Indian journal of veterinary science and animal husbandry - Volume 12,
Year: 1942
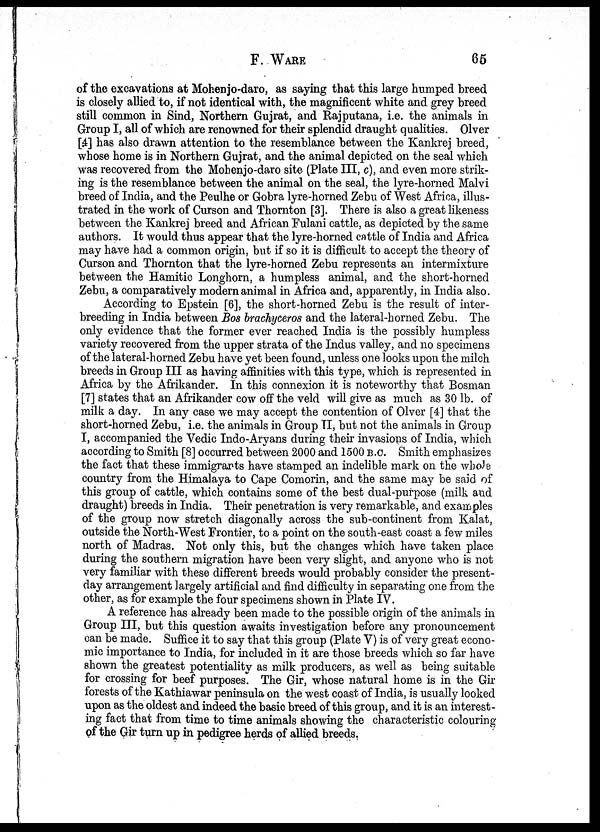
F. WARE 65
of the excavations at Mohenjo-daro, as saying that this large humped breed
is closely allied to, if not identical with, the magnificent white and grey breed
still common in Sind, Northern Gujrat, and Rajputana, i.e. the animals in
Group I, all of which are renowned for their splendid draught qualities. Olver
[4] has also drawn attention to the resemblance between the Kankrej breed,
whose home is in Northern Gujrat, and the animal depicted on the seal which
was recovered from the Mohenjo-daro site (Plate III, c), and even more strik-
ing is the resemblance between the animal on the seal, the lyre-horned Malvi
breed of India, and the Peulhe or Gobra lyre-horned Zebu of West Africa, illus-
trated in the work of Curson and Thornton [3]. There is also a great likeness
between the Kankrej breed and African Fulani cattle, as depicted by the same
authors. It would thus appear that the lyre-horned cattle of India and Africa
may have had a common origin, but if so it is difficult to accept the theory of
Curson and Thornton that the lyre-horned Zebu represents an intermixture
between the Hamitic Longhorn, a humpless animal, and the short-horned
Zebu, a comparatively modern animal in Africa and, apparently, in India also.
According to Epstein [6], the short-horned Zebu is the result of inter-
breeding in India between Bos brachyceros and the lateral-horned Zebu. The
only evidence that the former ever reached India is the possibly humpless
variety recovered from the upper strata of the Indus valley, and no specimens
of the lateral-horned Zebu have yet been found, unless one looks upon the milch
breeds in Group III as having affinities with this type, which is represented in
Africa by the Afrikander. In this connexion it is noteworthy that Bosman
[7] states that an Afrikander cow off the veld will give as much as 30 lb. of
milk a day. In any case we may accept the contention of Olver [4] that the
short-horned Zebu, i.e. the animals in Group II, but not the animals in Group
I, accompanied the Vedic Indo-Aryans during their invasions of India, which
according to Smith [8] occurred between 2000 and 1500 B.C. Smith emphasizes
the fact that these immigrants have stamped an indelible mark on the whole
country from the Himalaya to Cape Comorin, and the same may be said of
this group of cattle, which contains some of the best dual-purpose (milk and
draught) breeds in India. Their penetration is very remarkable, and examples
of the group now stretch diagonally across the sub-continent from Kalat,
outside the North-West Frontier, to a point on the south-east coast a few miles
north of Madras. Not only this, but the changes which have taken place
during the southern migration have been very slight, and anyone who is not
very familiar with these different breeds would probably consider the present-
day arrangement largely artificial and find difficulty in separating one from the
other, as for example the four specimens shown in Plate IV.
A reference has already been made to the possible origin of the animals in
Group III, but this question awaits investigation before any pronouncement
can be made. Suffice it to say that this group (Plate V) is of very great econo-
mic importance to India, for included in it are those breeds which so far have
shown the greatest potentiality as milk producers, as well as being suitable
for crossing for beef purposes. The Gir, whose natural home is in the Gir
forests of the Kathiawar peninsula on the west coast of India, is usually looked
upon as the oldest and indeed the basic breed of this group, and it is an interest-
ing fact that from time to time animals showing the characteristic colouring
of the Gir turn up in pedigree herds of allied breeds.